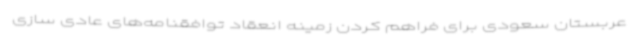
عربستان سعودی برای فراهم کردن زمینه انعقاد توافقنامه‌های عادی سازی